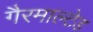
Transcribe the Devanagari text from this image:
गैरमाल्टेड